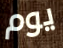
يوم